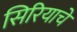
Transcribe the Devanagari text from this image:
सिरियाचे